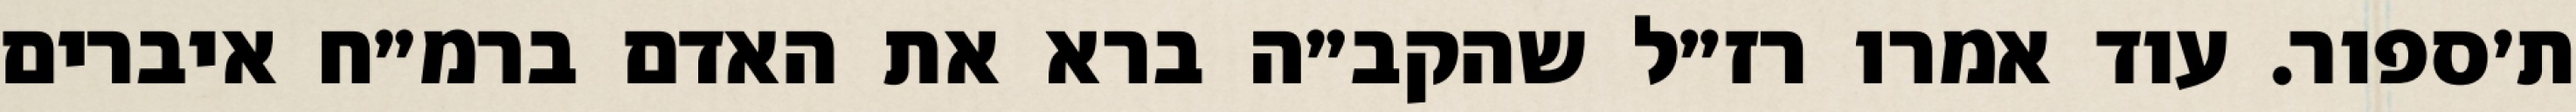
ת׳ספור. עוד אמרו רז״ל שהקב״ה ברא את האדם ברמ״ח איברים